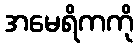
အမေရိကကို